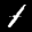
Label: 1